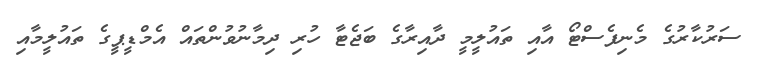
ސަރުކާރުގެ މެނިފެސްޓޯ އާއި ތައުލީމީ ދާއިރާގެ ބަޖެޓާ ހުރި ދިމާނުވުންތައް އެމްޑީޕީގެ ތައުލީމާއި